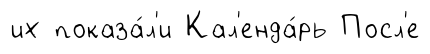
их показа́л'и Кал'енда́рь Посл'е